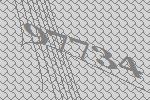
97734